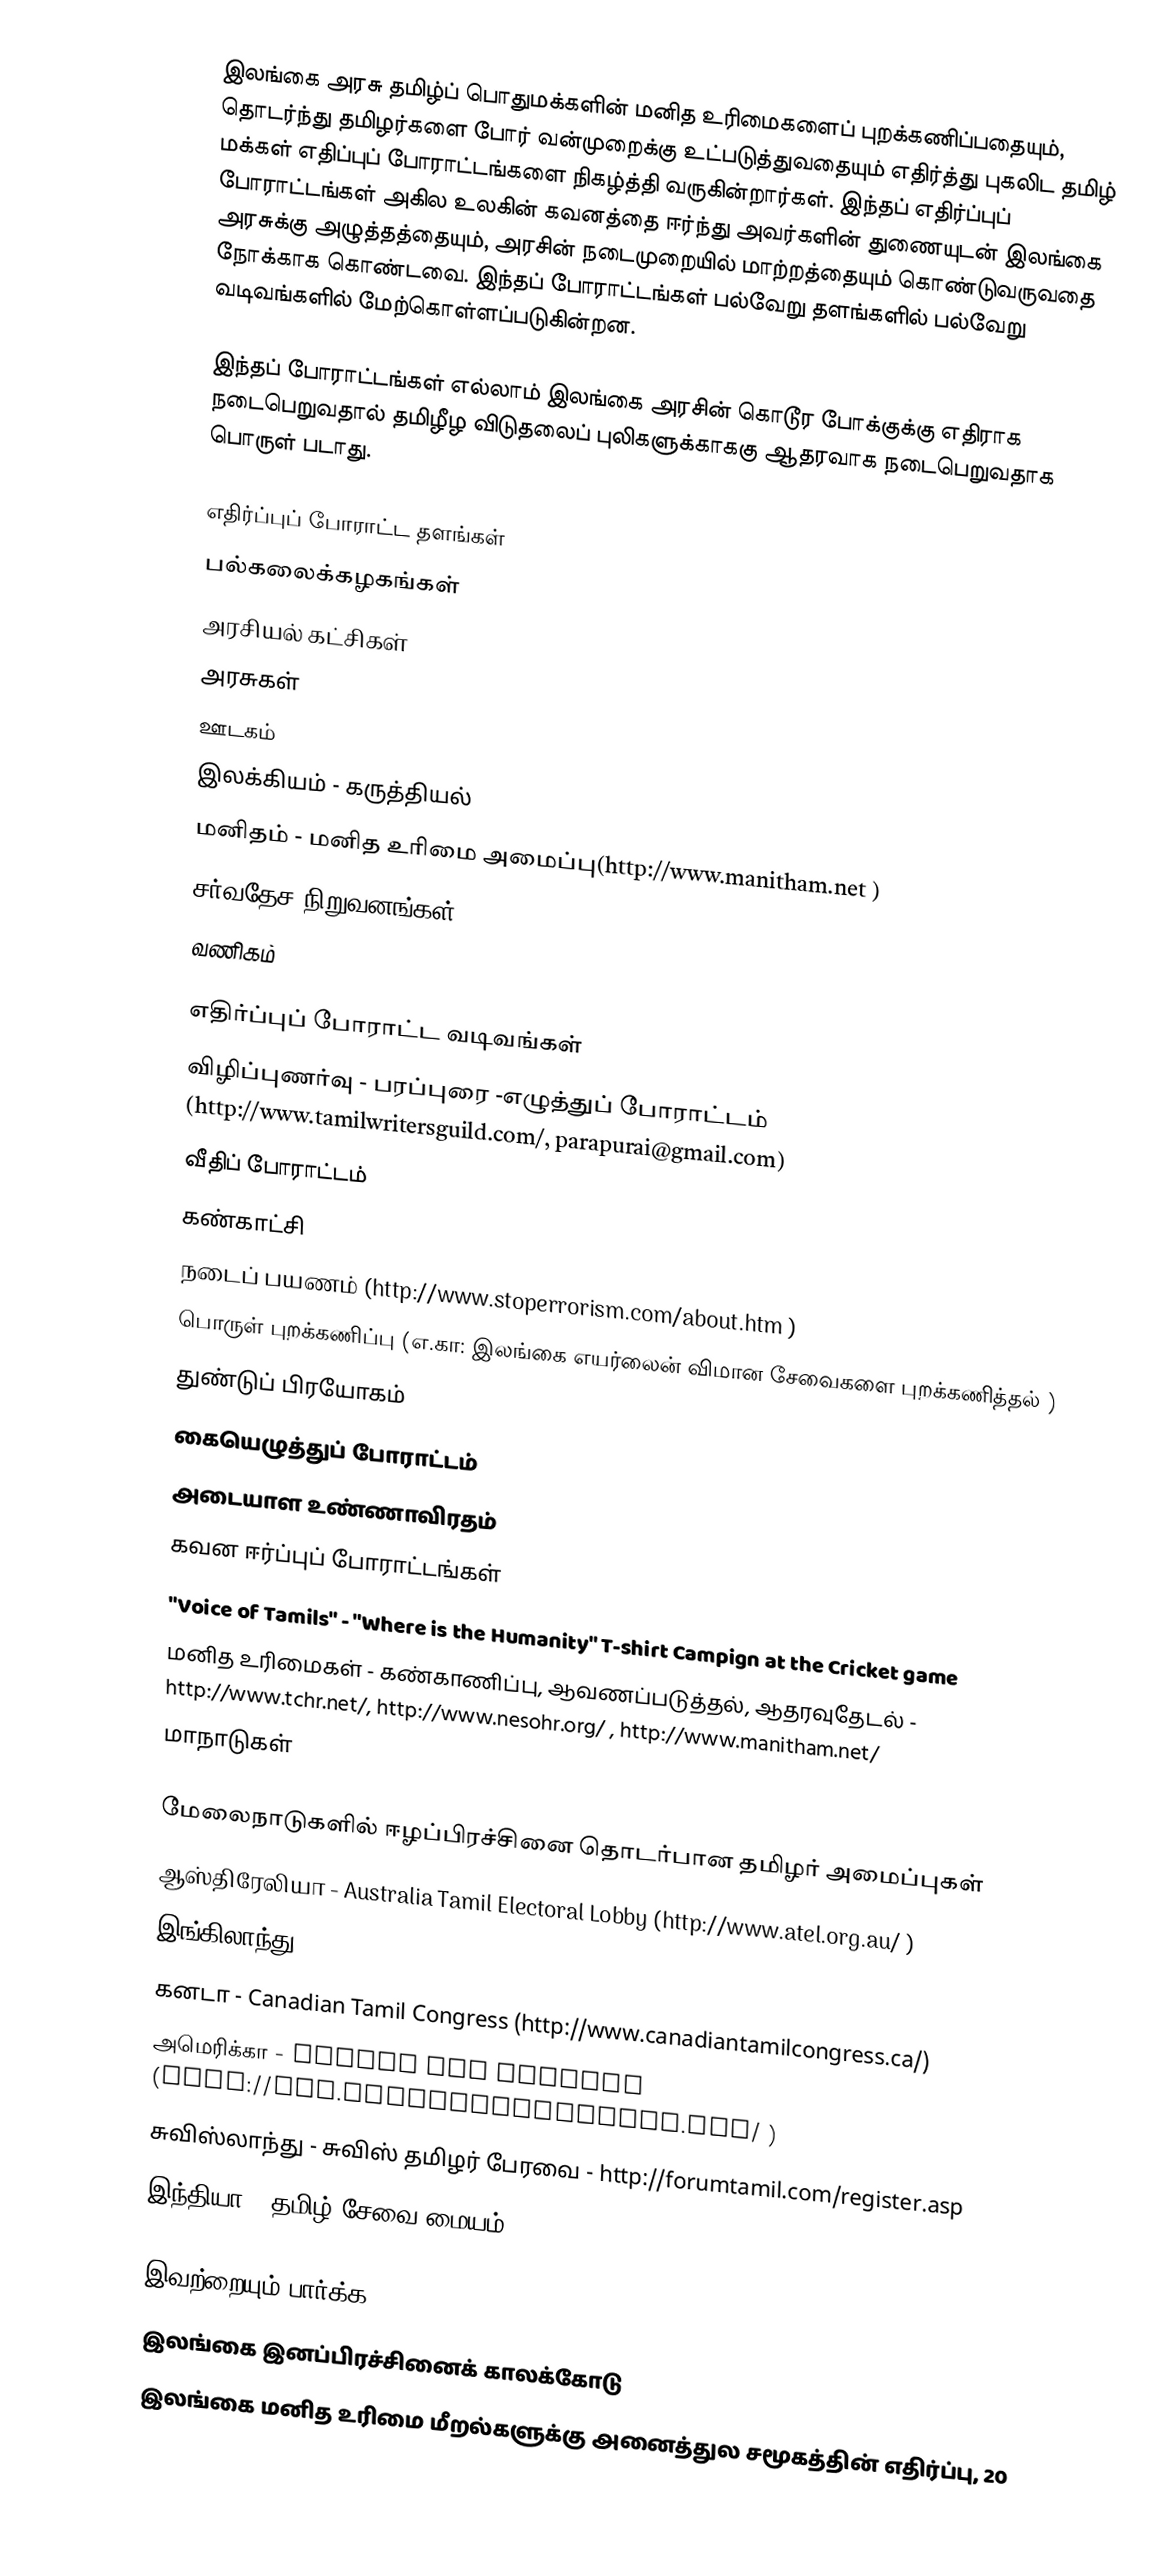
இலங்கை அரசு தமிழ்ப் பொதுமக்களின் மனித உரிமைகளைப் புறக்கணிப்பதையும், தொடர்ந்து தமிழர்களை போர் வன்முறைக்கு உட்படுத்துவதையும் எதிர்த்து புகலிட தமிழ் மக்கள் எதிப்புப் போராட்டங்களை நிகழ்த்தி வருகின்றார்கள்.  இந்தப் எதிர்ப்புப் போராட்டங்கள் அகில உலகின் கவனத்தை ஈர்ந்து அவர்களின் துணையுடன் இலங்கை அரசுக்கு அழுத்தத்தையும், அரசின் நடைமுறையில் மாற்றத்தையும் கொண்டுவருவதை நோக்காக கொண்டவை.  இந்தப் போராட்டங்கள் பல்வேறு தளங்களில் பல்வேறு வடிவங்களில் மேற்கொள்ளப்படுகின்றன.

இந்தப் போராட்டங்கள் எல்லாம் இலங்கை அரசின் கொடூர போக்குக்கு எதிராக நடைபெறுவதால் தமிழீழ விடுதலைப் புலிகளுக்காககு ஆதரவாக நடைபெறுவதாக பொருள் படாது.

எதிர்ப்புப் போராட்ட தளங்கள்
 பல்கலைக்கழகங்கள்
 அரசியல் கட்சிகள்
 அரசுகள்
 ஊடகம்
 இலக்கியம் - கருத்தியல்
 மனிதம் - மனித உரிமை அமைப்பு(http://www.manitham.net )
 சர்வதேச நிறுவனங்கள்
 வணிகம்

எதிர்ப்புப் போராட்ட வடிவங்கள்
 விழிப்புணர்வு - பரப்புரை -எழுத்துப் போராட்டம் (http://www.tamilwritersguild.com/, parapurai@gmail.com)
 வீதிப் போராட்டம்
 கண்காட்சி
 நடைப் பயணம் (http://www.stoperrorism.com/about.htm )
 பொருள் புறக்கணிப்பு (எ.கா: இலங்கை எயர்லைன் விமான சேவைகளை புறக்கணித்தல் )
 துண்டுப் பிரயோகம்
 கையெழுத்துப் போராட்டம்
 அடையாள உண்ணாவிரதம்
 கவன ஈர்ப்புப் போராட்டங்கள்
  "Voice of Tamils" - "Where is the Humanity" T-shirt Campign at the Cricket game
 மனித உரிமைகள் - கண்காணிப்பு, ஆவணப்படுத்தல், ஆதரவுதேடல் - http://www.tchr.net/, http://www.nesohr.org/ , http://www.manitham.net/
 மாநாடுகள்

மேலைநாடுகளில் ஈழப்பிரச்சினை தொடர்பான தமிழர் அமைப்புகள்
 ஆஸ்திரேலியா - Australia Tamil Electoral Lobby (http://www.atel.org.au/ )
 இங்கிலாந்து - British Tamil Forum (http://www.tamilsforum.com/)
 கனடா - Canadian Tamil Congress (http://www.canadiantamilcongress.ca/)
 அமெரிக்கா - Tamils for Justice (http://www.tamilsforjustice.org/ )
 சுவிஸ்லாந்து - சுவிஸ் தமிழர் பேரவை - http://forumtamil.com/register.asp
 இந்தியா - தமிழ் சேவை மையம் - (http://www.tamilinfoservice.com )

இவற்றையும் பார்க்க
 இலங்கை இனப்பிரச்சினைக் காலக்கோடு
 இலங்கை மனித உரிமை மீறல்களுக்கு அனைத்துல சமூகத்தின் எதிர்ப்பு, 20